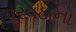
પૂરવઠાનો